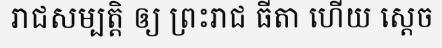
រាជសម្បត្តិ ឲ្យ ព្រះរាជ ធីតា ហើយ ស្តេច